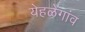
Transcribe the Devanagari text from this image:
येहळेगांव